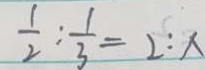
\frac { 1 } { 2 } : \frac { 1 } { 3 } = 2 : x